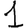
Digit: 1